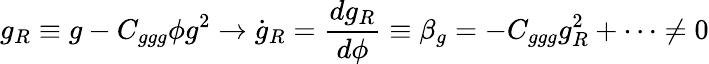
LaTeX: g_{R}\equiv g-C_{ggg}\phi g^{2}\to\dot{g}_{R}={\frac{dg_{R}}{d\phi}}\equiv\beta_{g}=-C_{ggg}g_{R}^{2}+\cdots\not=0